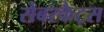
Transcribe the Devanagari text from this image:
सेबरकैट्स